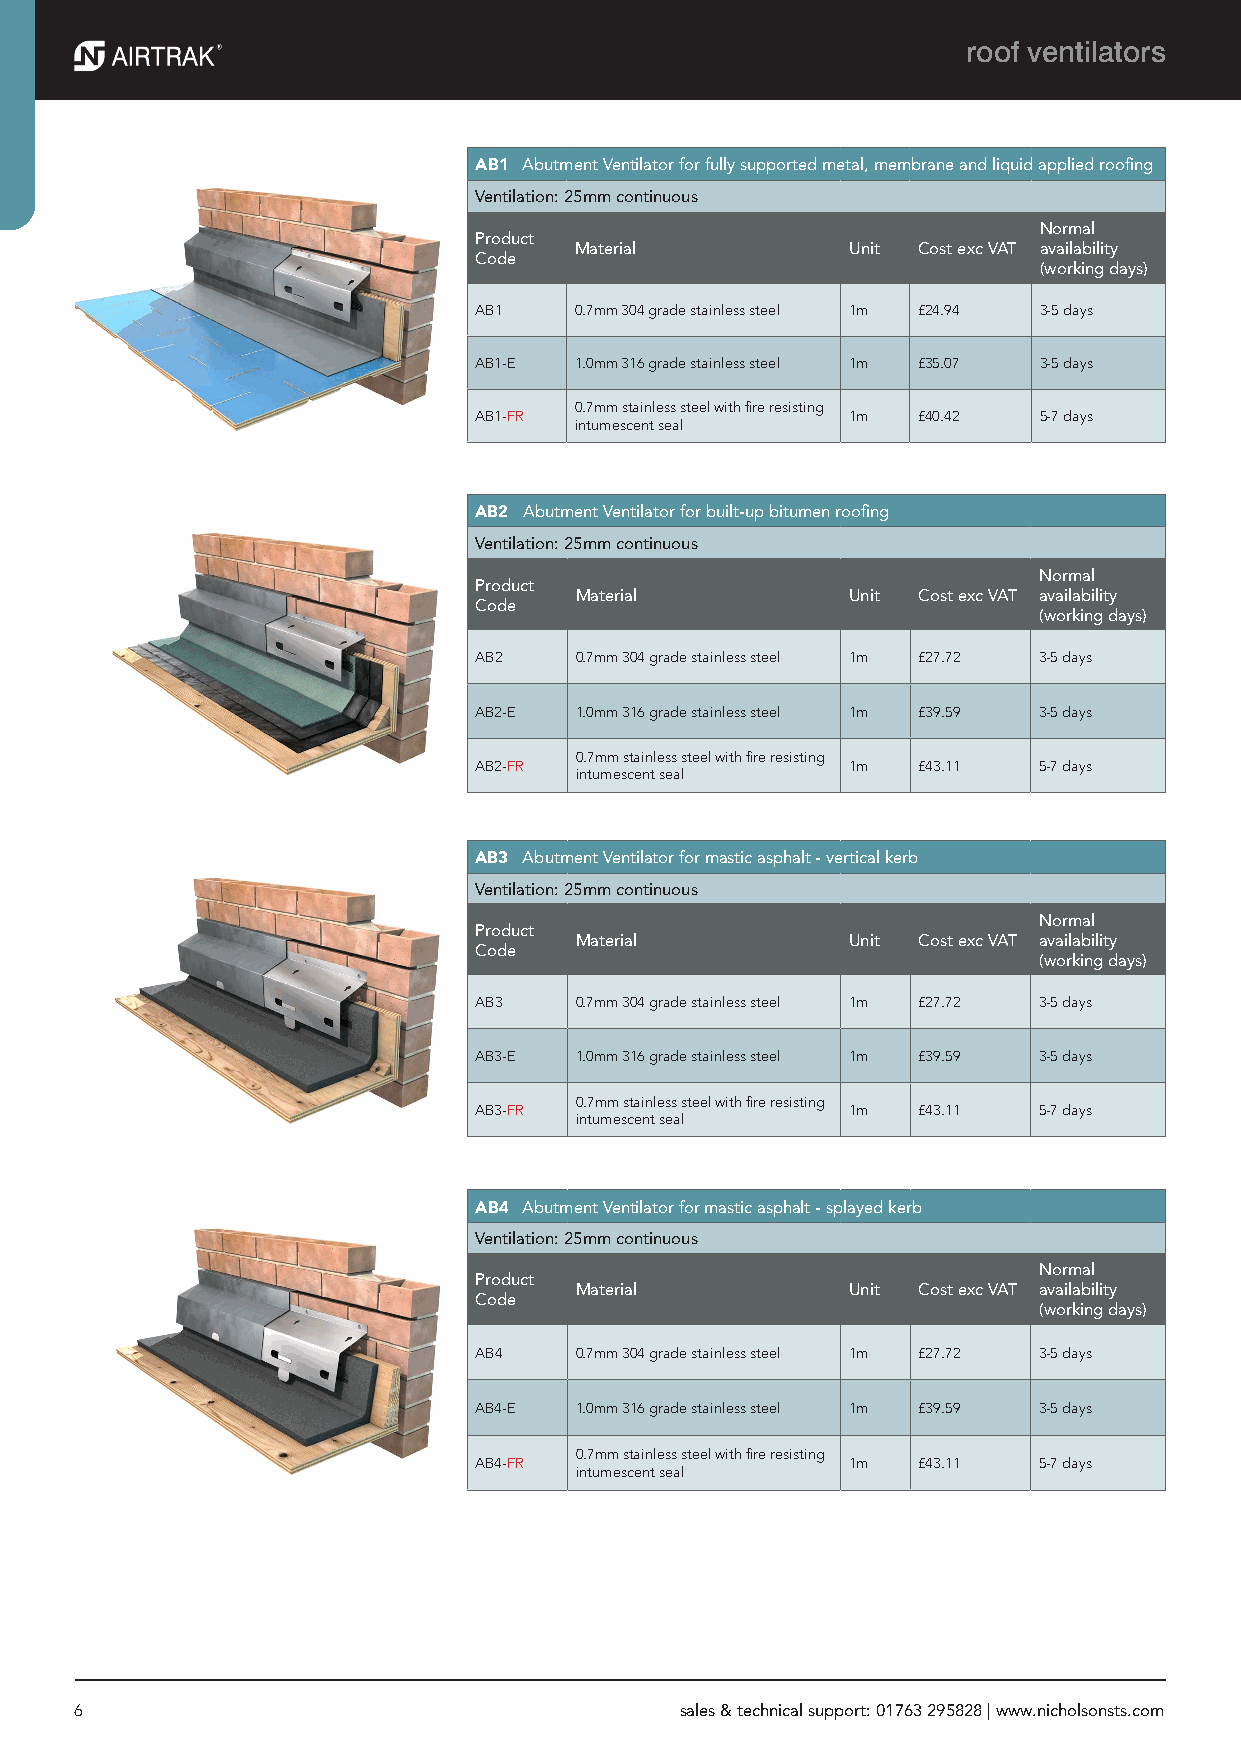
roof ventilators
 AB1 Abutment Ventilator for fully supported metal, membrane and liquid applied roofing
 Ventilation: 25mm continuous
 Normal
 Product
 Material          Unit Cost exc VAT availability
 Code
 (working days)
 AB1    0.7mm 304 grade stainless steel 1m £24.94 3-5 days
 AB1-E  1.0mm 316 grade stainless steel 1m £35.07 3-5 days
 0.7mm stainless steel with fire resisting
 AB1-FR                   1m   £40.42  5-7 days
 intumescent seal
 AB2 Abutment Ventilator for built-up bitumen roofing
 Ventilation: 25mm continuous
 Normal
 Product
 Material          Unit Cost exc VAT availability
 Code
 (working days)
 AB2    0.7mm 304 grade stainless steel 1m £27.72 3-5 days
 AB2-E  1.0mm 316 grade stainless steel 1m £39.59 3-5 days
 0.7mm stainless steel with fire resisting
 AB2-FR                   1m   £43.11  5-7 days
 intumescent seal
 AB3 Abutment Ventilator for mastic asphalt - vertical kerb
 Ventilation: 25mm continuous
 Normal
 Product
 Material          Unit Cost exc VAT availability
 Code
 (working days)
 AB3    0.7mm 304 grade stainless steel 1m £27.72 3-5 days
 AB3-E  1.0mm 316 grade stainless steel 1m £39.59 3-5 days
 0.7mm stainless steel with fire resisting
 AB3-FR                   1m   £43.11  5-7 days
 intumescent seal
 AB4 Abutment Ventilator for mastic asphalt - splayed kerb
 Ventilation: 25mm continuous
 Normal
 Product
 Material          Unit Cost exc VAT availability
 Code
 (working days)
 AB4    0.7mm 304 grade stainless steel 1m £27.72 3-5 days
 AB4-E  1.0mm 316 grade stainless steel 1m £39.59 3-5 days
 0.7mm stainless steel with fire resisting
 AB4-FR                   1m   £43.11  5-7 days
 intumescent seal
 6                                       sales & technical support: 01763 295828 | www.nicholsonsts.com